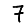
Digit: 7